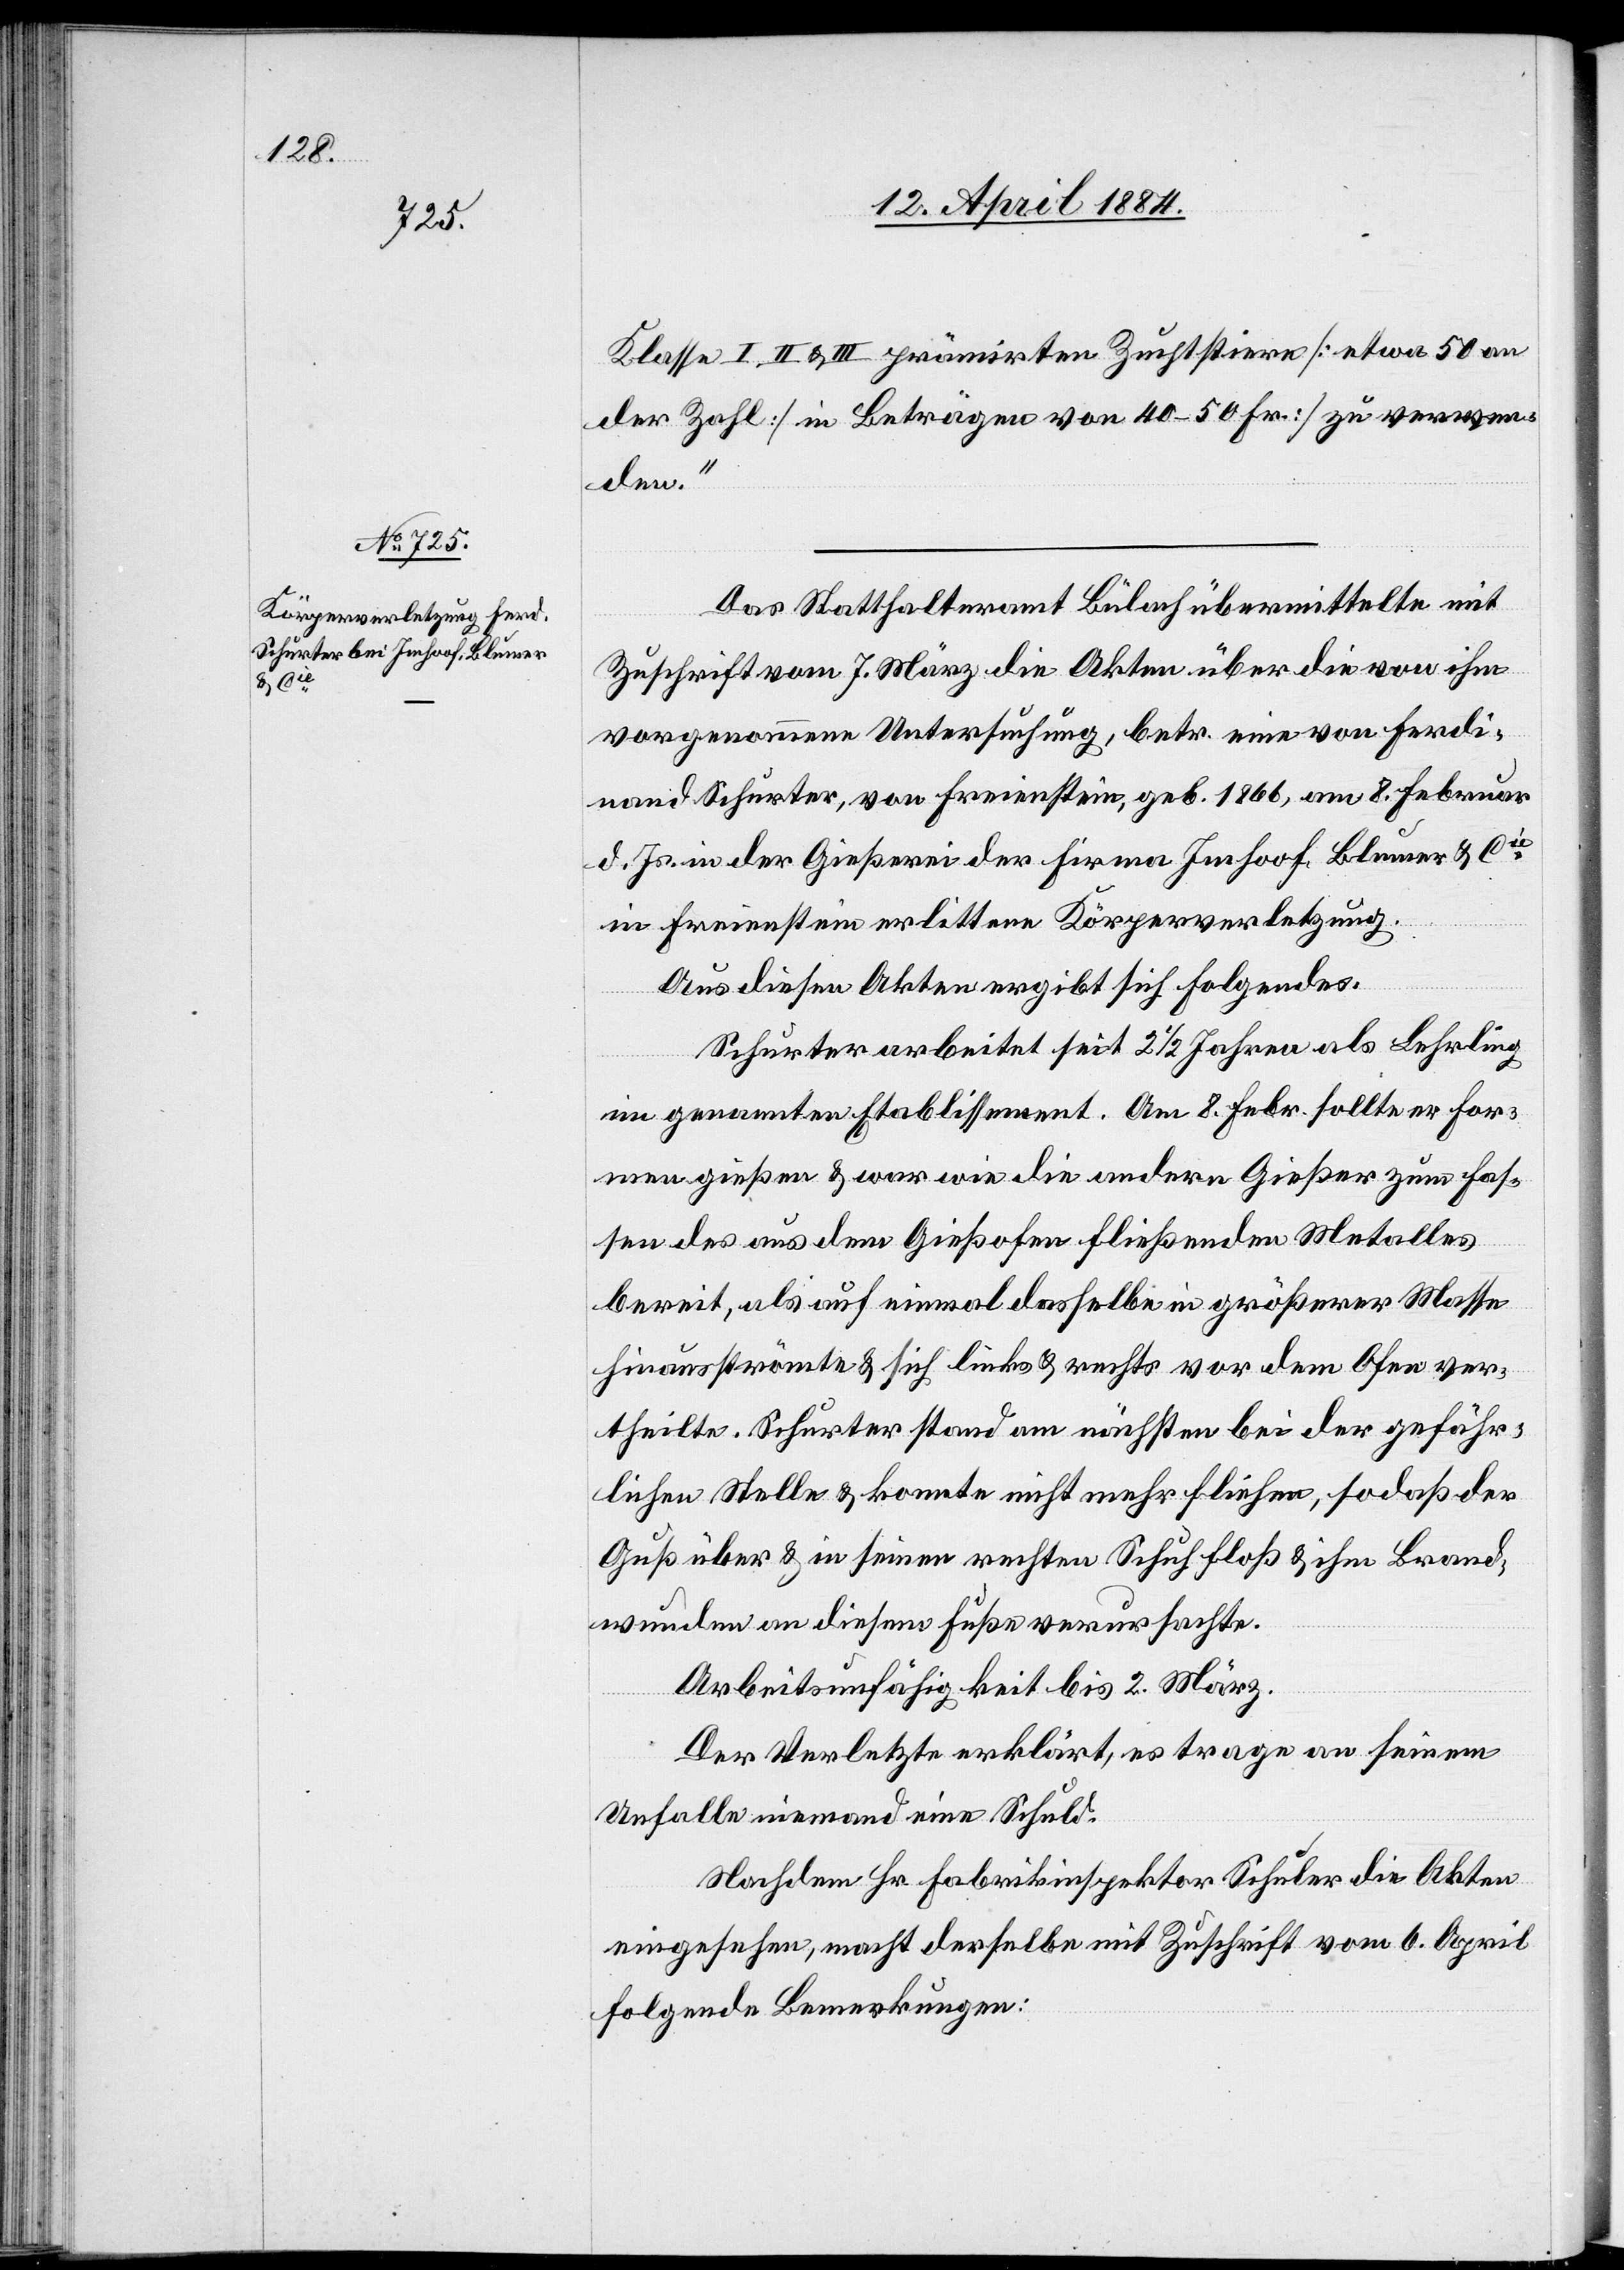
Klasse I, II & III prämirten Zuchtstiere [etwa 50 an
der Zahl] [in Beträgen von 40–50 Fr.] zu verwen¬
den.“
Das Statthalteramt Bülach übermittelte mit
Zuschrift vom 7. März die Akten über die von ihm
vorgenommene Untersuchung, betr. eine von Ferdi¬
nand Schurter, von Freienstein, geb. 1866, am 8. Februar
d. Js. in der Gießerei der Firma Imhoof Blumer & Cie
in Freienstein erlittene Körperverletzung.
Aus diesen Akten ergibt sich folgendes:
Schurter arbeitet sei 2 1/2 Jahren als Lehrling
im genannten Etablissement. Am 8. Febr. sollte er For¬
men gießen & war wie die andern Gießer zum Fas¬
sen des aus dem Gießofen fließenden Metalles
bereit, als auf einmal dasselbe in größerer Masse
hinausströmte & sich links & rechts vor dem Ofen ver¬
theilte. Schurter stand am nächsten bei der gefähr¬
lichen Stelle & konnte nicht mehr fliehen, so daß der
Guß über & in seinen rechten Schuh floß & ihm Brand¬
wunden an diesem Fuße verursachte.
Arbeitsunfähigkeit bis 2. März.
Der Verletzte erklärt, es trage an seinem
Unfalle niemand eine Schuld.
Nachdem Hr. Fabrikinspektor Schuler die Akten
eingesehen, macht derselbe mit Zuschrift vom 6. April
folgende Bemerkungen: